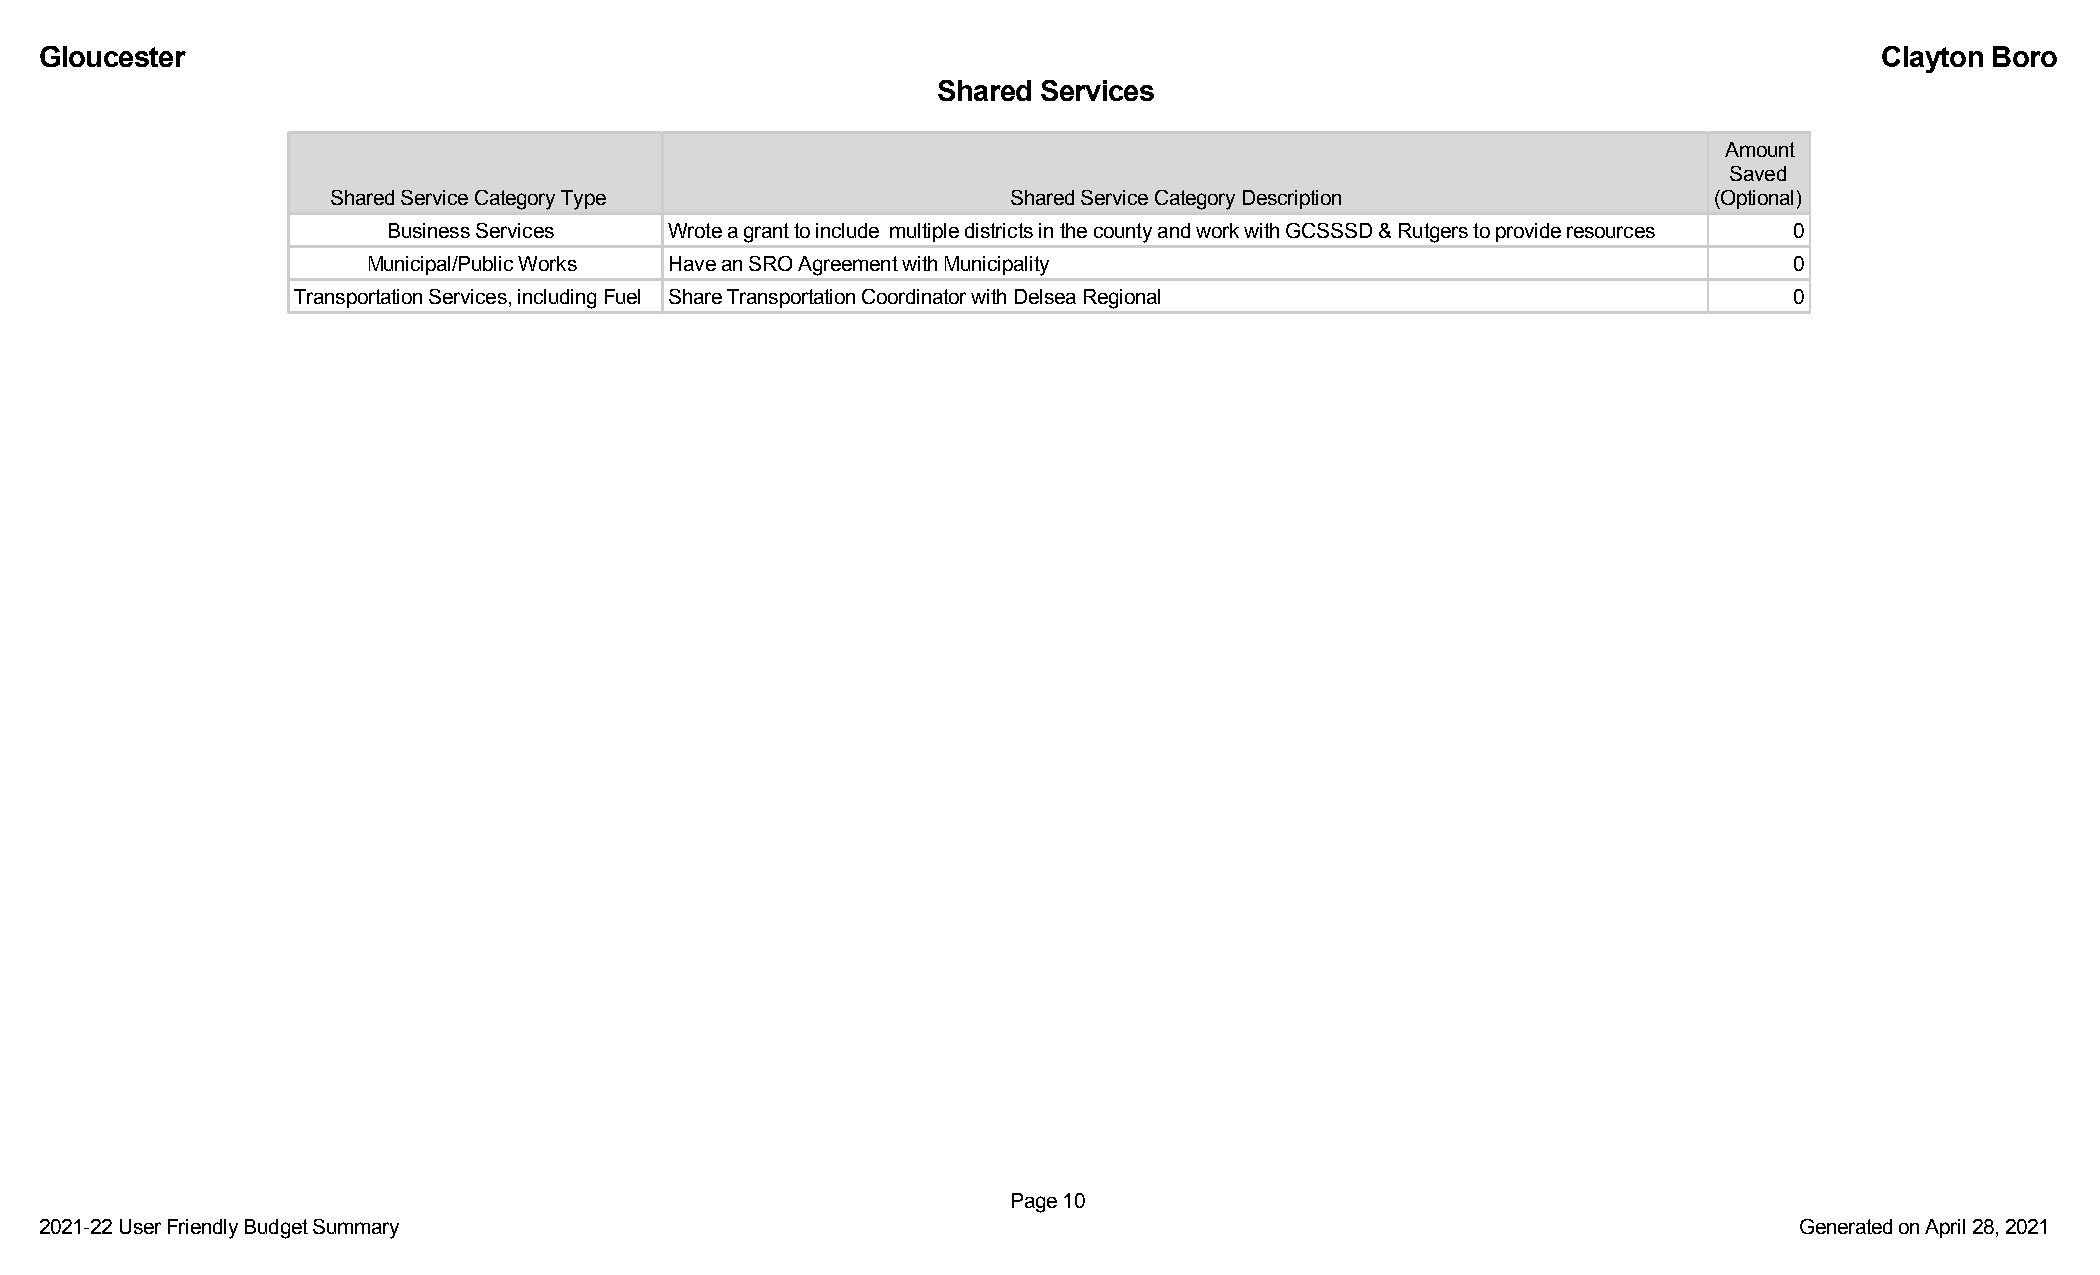
Gloucester                                                                                                                Clayton Boro
 Shared Services
 Amount
 Saved
 Shared Service Category Type                 Shared Service Category Description           (Optional)
 Business Services Wrote a grant to include multiple districts in the county and work with GCSSSD & Rutgers to provide resources 0
 Municipal/Public Works Have an SRO Agreement with Municipality                                 0
 Transportation Services, including Fuel Share Transportation Coordinator with Delsea Regional       0
 Page 10
 2021-22 User Friendly Budget Summary                                                                                Generated on April 28, 2021